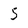
Character: 5